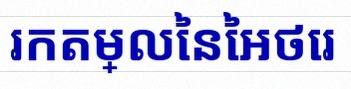
រកតម្លៃនៃអថេរ